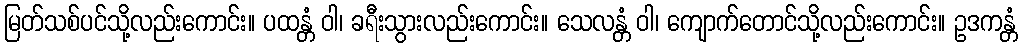
မြတ်သစ်ပင်သို့လည်းကောင်း။ ပထန္တံ ဝါ၊ ခရီးသွားလည်းကောင်း။ သေလန္တံ ဝါ၊ ကျောက်တောင်သို့လည်းကောင်း။ ဥဒကန္တံ